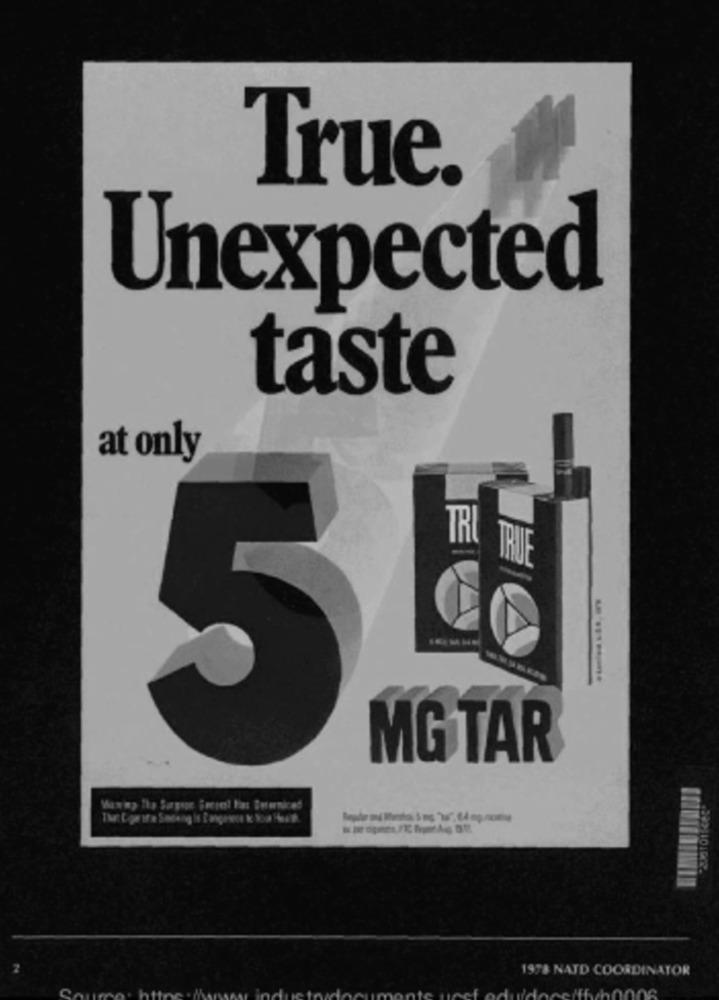
True.
Unexpected
taste
at only
TRI
TRUE
5
MG TAR
1978 NATD COORDINATOR
eiffwh0006